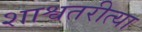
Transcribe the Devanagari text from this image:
शाश्वतरीत्या